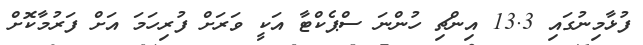
ފުޅާމިނުގައި 13.3 އިންޗި ހުންނަ ސްޕެކްޓާ އަކީ ވަރަށް ފުރިހަމަ އަށް ފަރުމާކޮށް